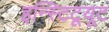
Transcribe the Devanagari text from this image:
इन्स्टिटूयूट